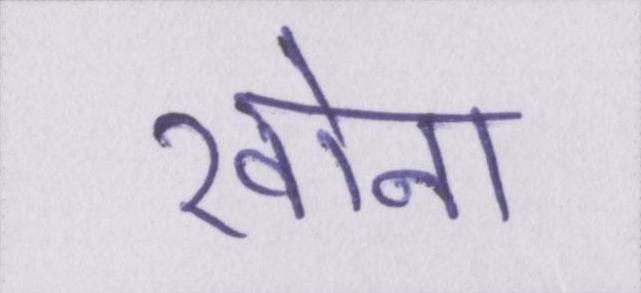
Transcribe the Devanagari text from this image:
खोना